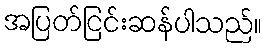
အပြတ်ငြင်းဆန်ပါသည်။